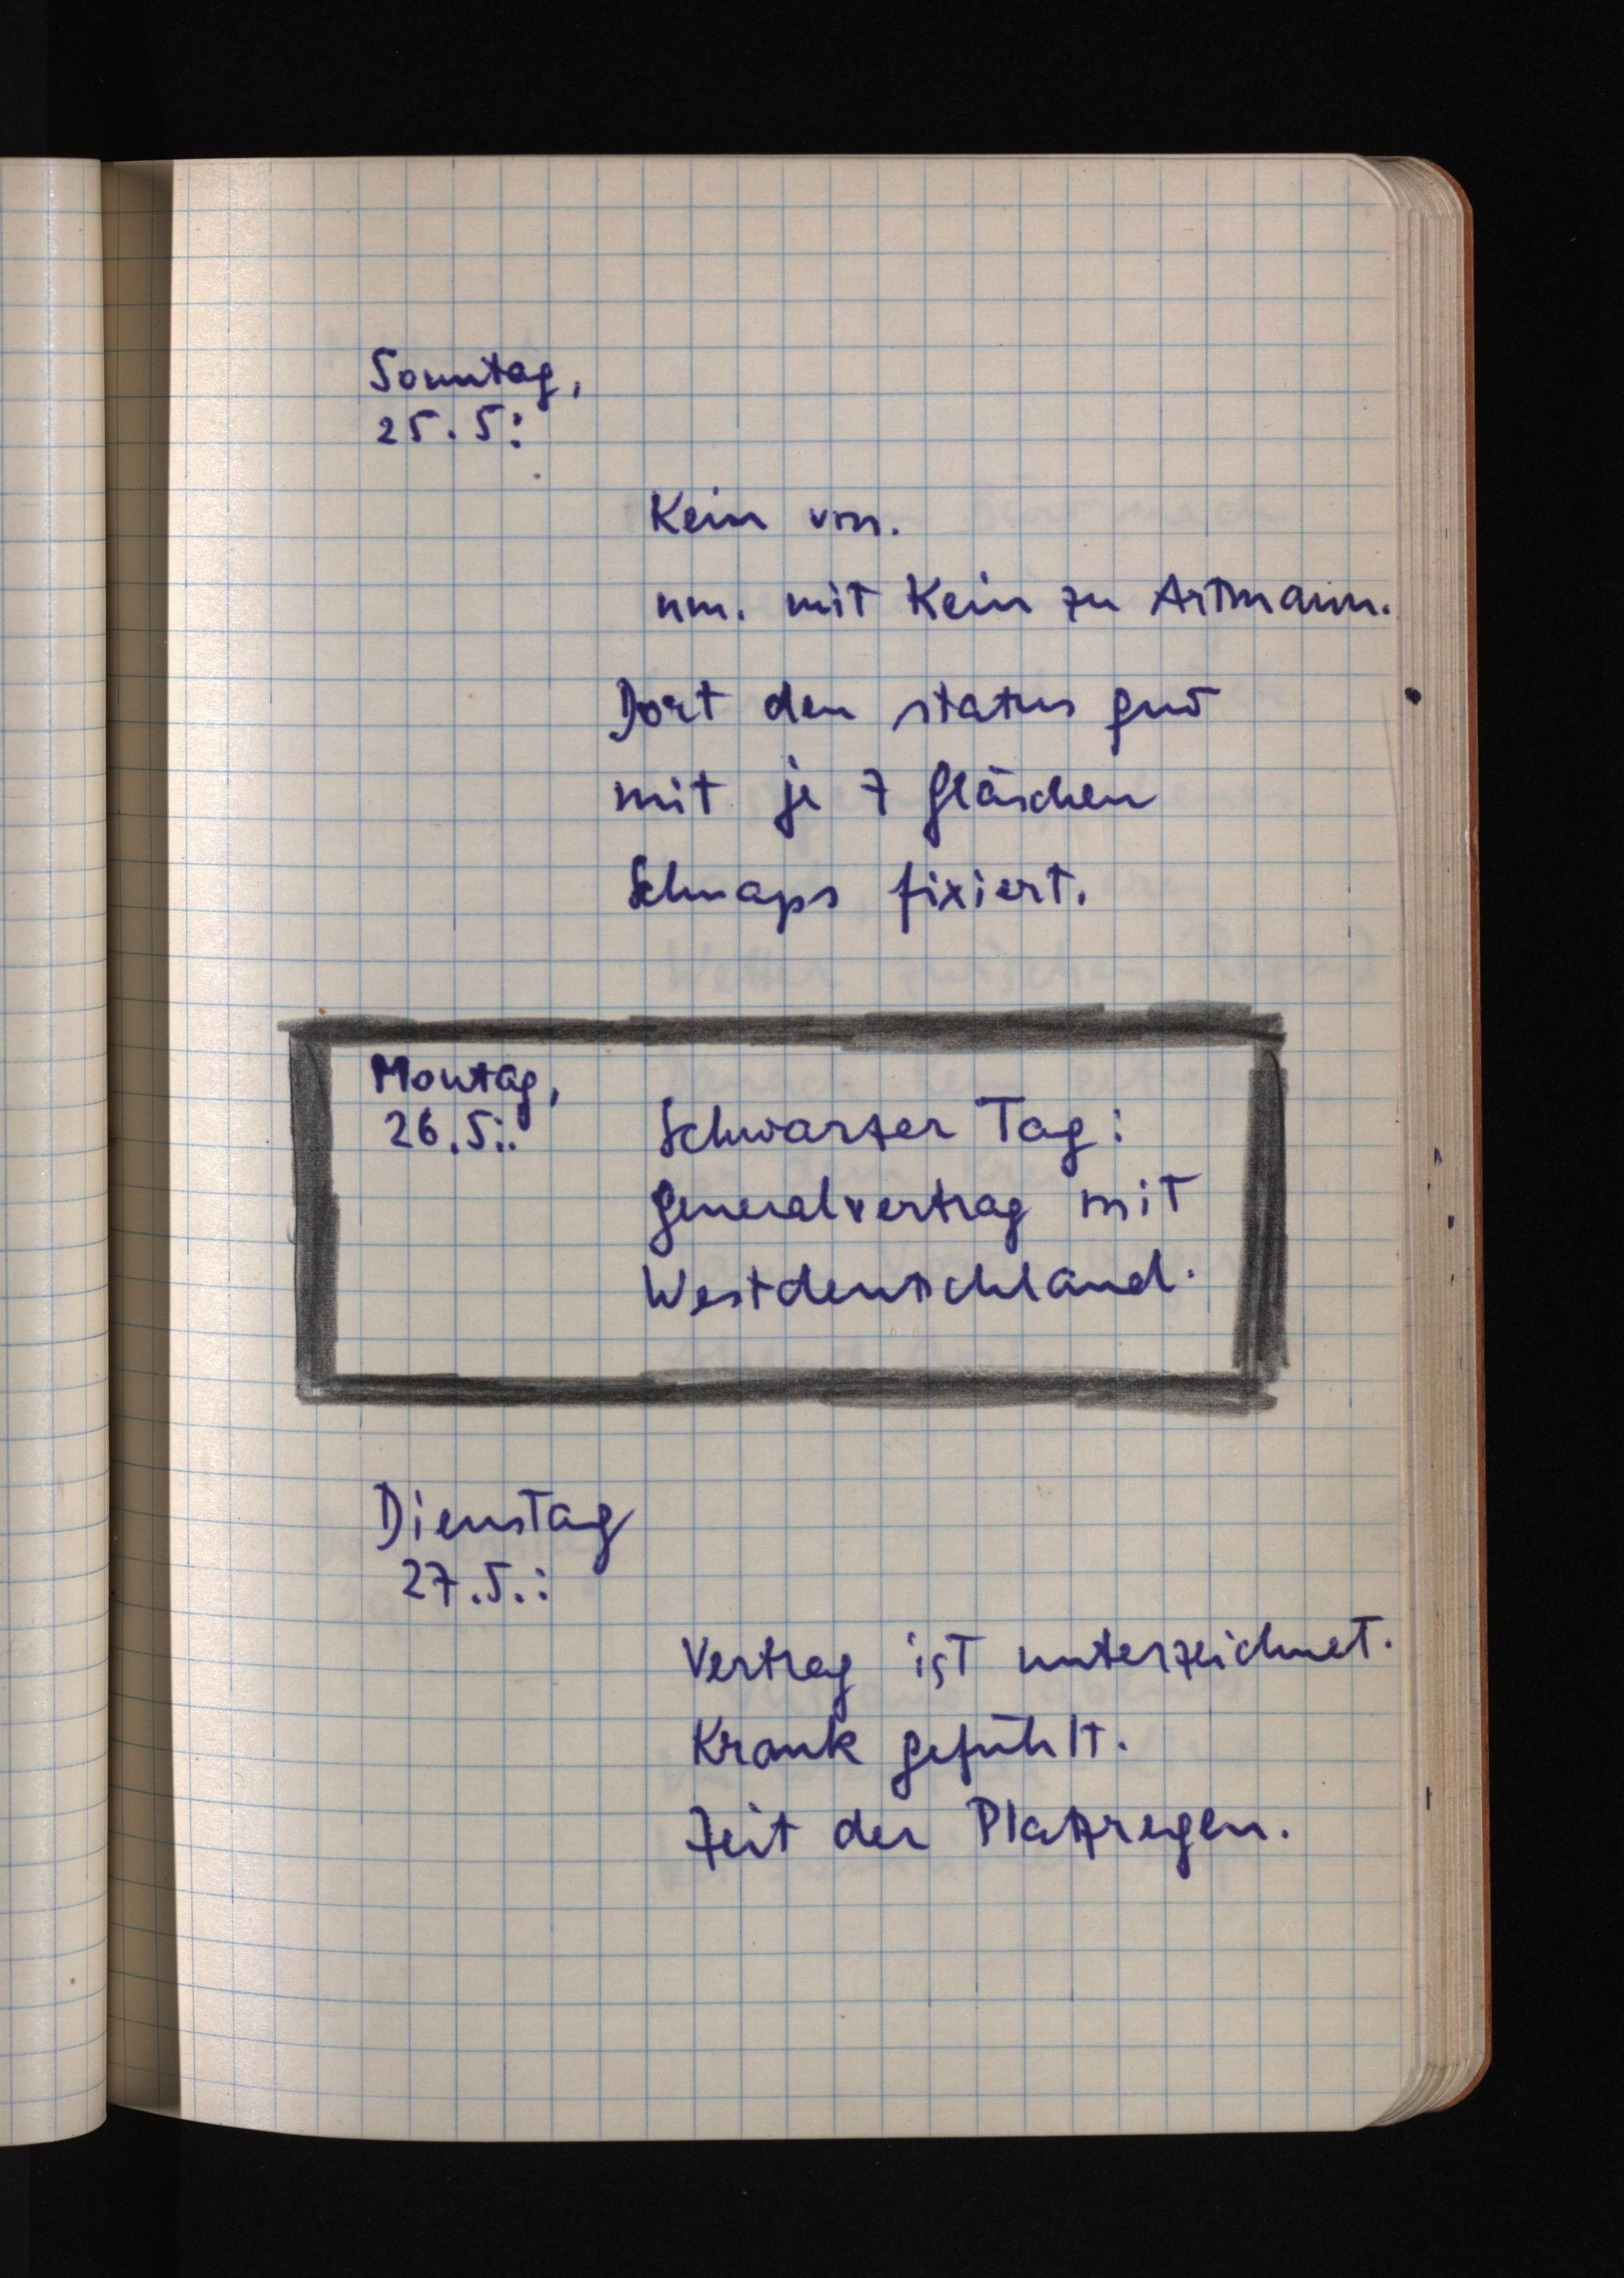
Sonntag,
25.5.:
Kein vm.
nm. mit Kein zu Artmann.
Dort den status quo
mit je 7 Gläschen
Schnaps fixiert.
Montag,
26.5.:
Schwarzer Tag:
Generalvertrag mit
Westdeutschland.
Dienstag
27.5.:
Vertrag ist unterzeichnet.
Krank gefühlt.
Zeit der Platzregen.